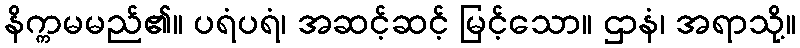
နိက္ကမမည်၏။ ပရံပရံ၊ အဆင့်ဆင့် မြင့်သော။ ဌာနံ၊ အရာသို့။